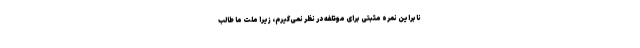
نابراین نمره مثبتی برای موتلفه در نظر نمی‌گیرم، زیرا ملت ما طالب